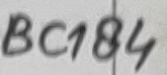
Text: BC184